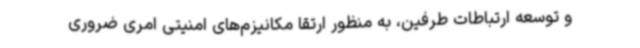
و توسعه ارتباطات طرفین، به منظور ارتقا مکانیزم‌های امنیتی امری ضروری